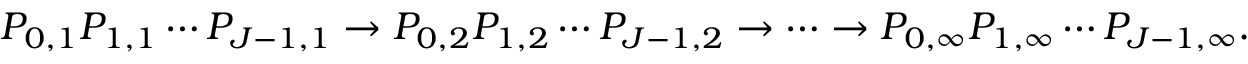
P _ { 0 , 1 } P _ { 1 , 1 } \cdots P _ { J - 1 , 1 } \rightarrow P _ { 0 , 2 } P _ { 1 , 2 } \cdots P _ { J - 1 , 2 } \rightarrow \cdots \rightarrow P _ { 0 , \infty } P _ { 1 , \infty } \cdots P _ { J - 1 , \infty } .